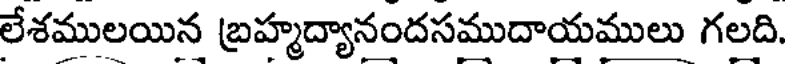
లేశములయిన బ్రహ్మద్యానందసముదాయములు గలది.